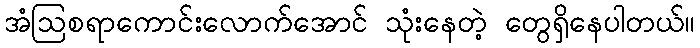
အံဩစရာကောင်းလောက်အောင် သုံးနေတဲ့ တွေရှိနေပါတယ်။